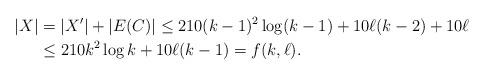
LaTeX: \begin{align*}|X|&=|X'|+|E(C)|\le 210(k-1)^2\log (k-1) + 10\ell(k-2) + 10\ell \\ &\le 210k^2\log k + 10\ell (k-1) =f(k,\ell).\end{align*}